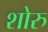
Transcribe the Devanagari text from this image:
शोरु